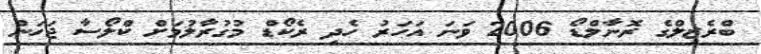
ބްރެޒިލްގެ ރޮނާލްޑޯ 2006 ވަނަ އަހަރު ހެދި ރެކޯޑް މުގުރާލުމަށް ކްލޯސާ ޖަހަން